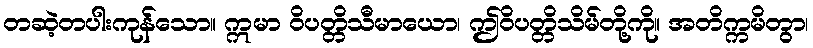
တဆဲ့တပါးကုန်သော။ ဣမာ ဝိပတ္တိသီမာယော၊ ဤဝိပတ္တိသိမ်တို့ကို။ အတိက္ကမိတွာ၊